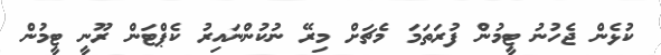
ކުޅެން ޖެހުނު ޓީމުން ފުރަތަމަ މެޗަށް މިރޭ ނުކުންްނައިރު ކެޕްޓަން ރޫނީ ޓީމުން